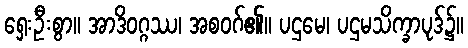
ရှေးဦးစွာ။ အာဒိဝဂ္ဂဿ၊ အစဝဂ်၏။ ပဌမေ၊ ပဌမသိက္ခာပုဒ်၌။